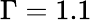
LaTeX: \Gamma=1.1